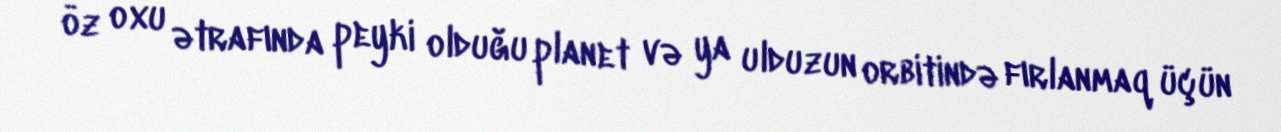
öz oxu ətrafında peyki olduğu planet və ya ulduzun orbitində fırlanmaq üçün